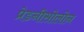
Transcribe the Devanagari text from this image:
प्रेडनीसोलोन